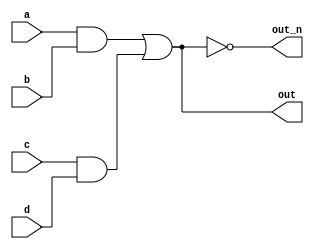
`default_nettype none
module top_module(
    input a,
    input b,
    input c,
    input d,
    output out,
    output out_n   ); 
	
    wire int1,int2;
    
    assign int1 = a&b;
    assign int2 = c&d;
    assign out = int1|int2;
    assign out_n = ~out;
    
endmodule